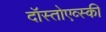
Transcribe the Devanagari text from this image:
दॉस्तोएव्स्की